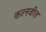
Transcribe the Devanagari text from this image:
करनजीत